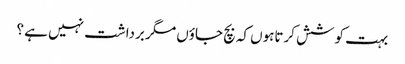
بہت کوشش کرتاہوں کہ بچ جاؤں مگر برداشت نہیں ہے ؟